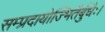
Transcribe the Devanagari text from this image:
सम्प्रदायोज्भितैर्बुधैः।